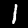
Label: 1